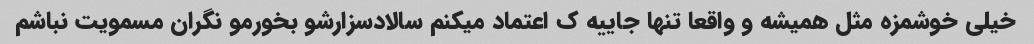
خیلی خوشمزه مثل همیشه و واقعا تنها جاییه ک اعتماد میکنم سالادسزارشو بخورمو نگران مسمویت نباشم